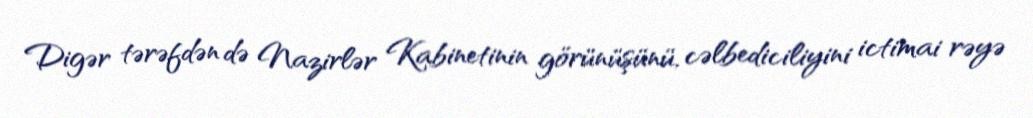
Digər tərəfdən də Nazirlər Kabinetinin görünüşünü, cəlbediciliyini ictimai rəyə